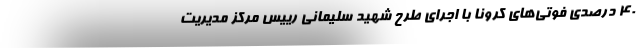
۴۰ درصدی فوتی‌های کرونا با اجرای طرح شهید سلیمانی رییس مرکز مدیریت